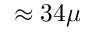
\approx 3 4 \mu